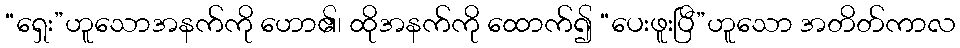
“ရှေး”ဟူသောအနက်ကို ဟော၏၊ ထိုအနက်ကို ထောက်၍ “ပေးဖူးပြီ”ဟူသော အတိတ်ကာလ